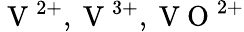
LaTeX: \mathrm{~V~}^{2+},\mathrm{~V~}^{3+},\mathrm{~V~O~}^{2+}